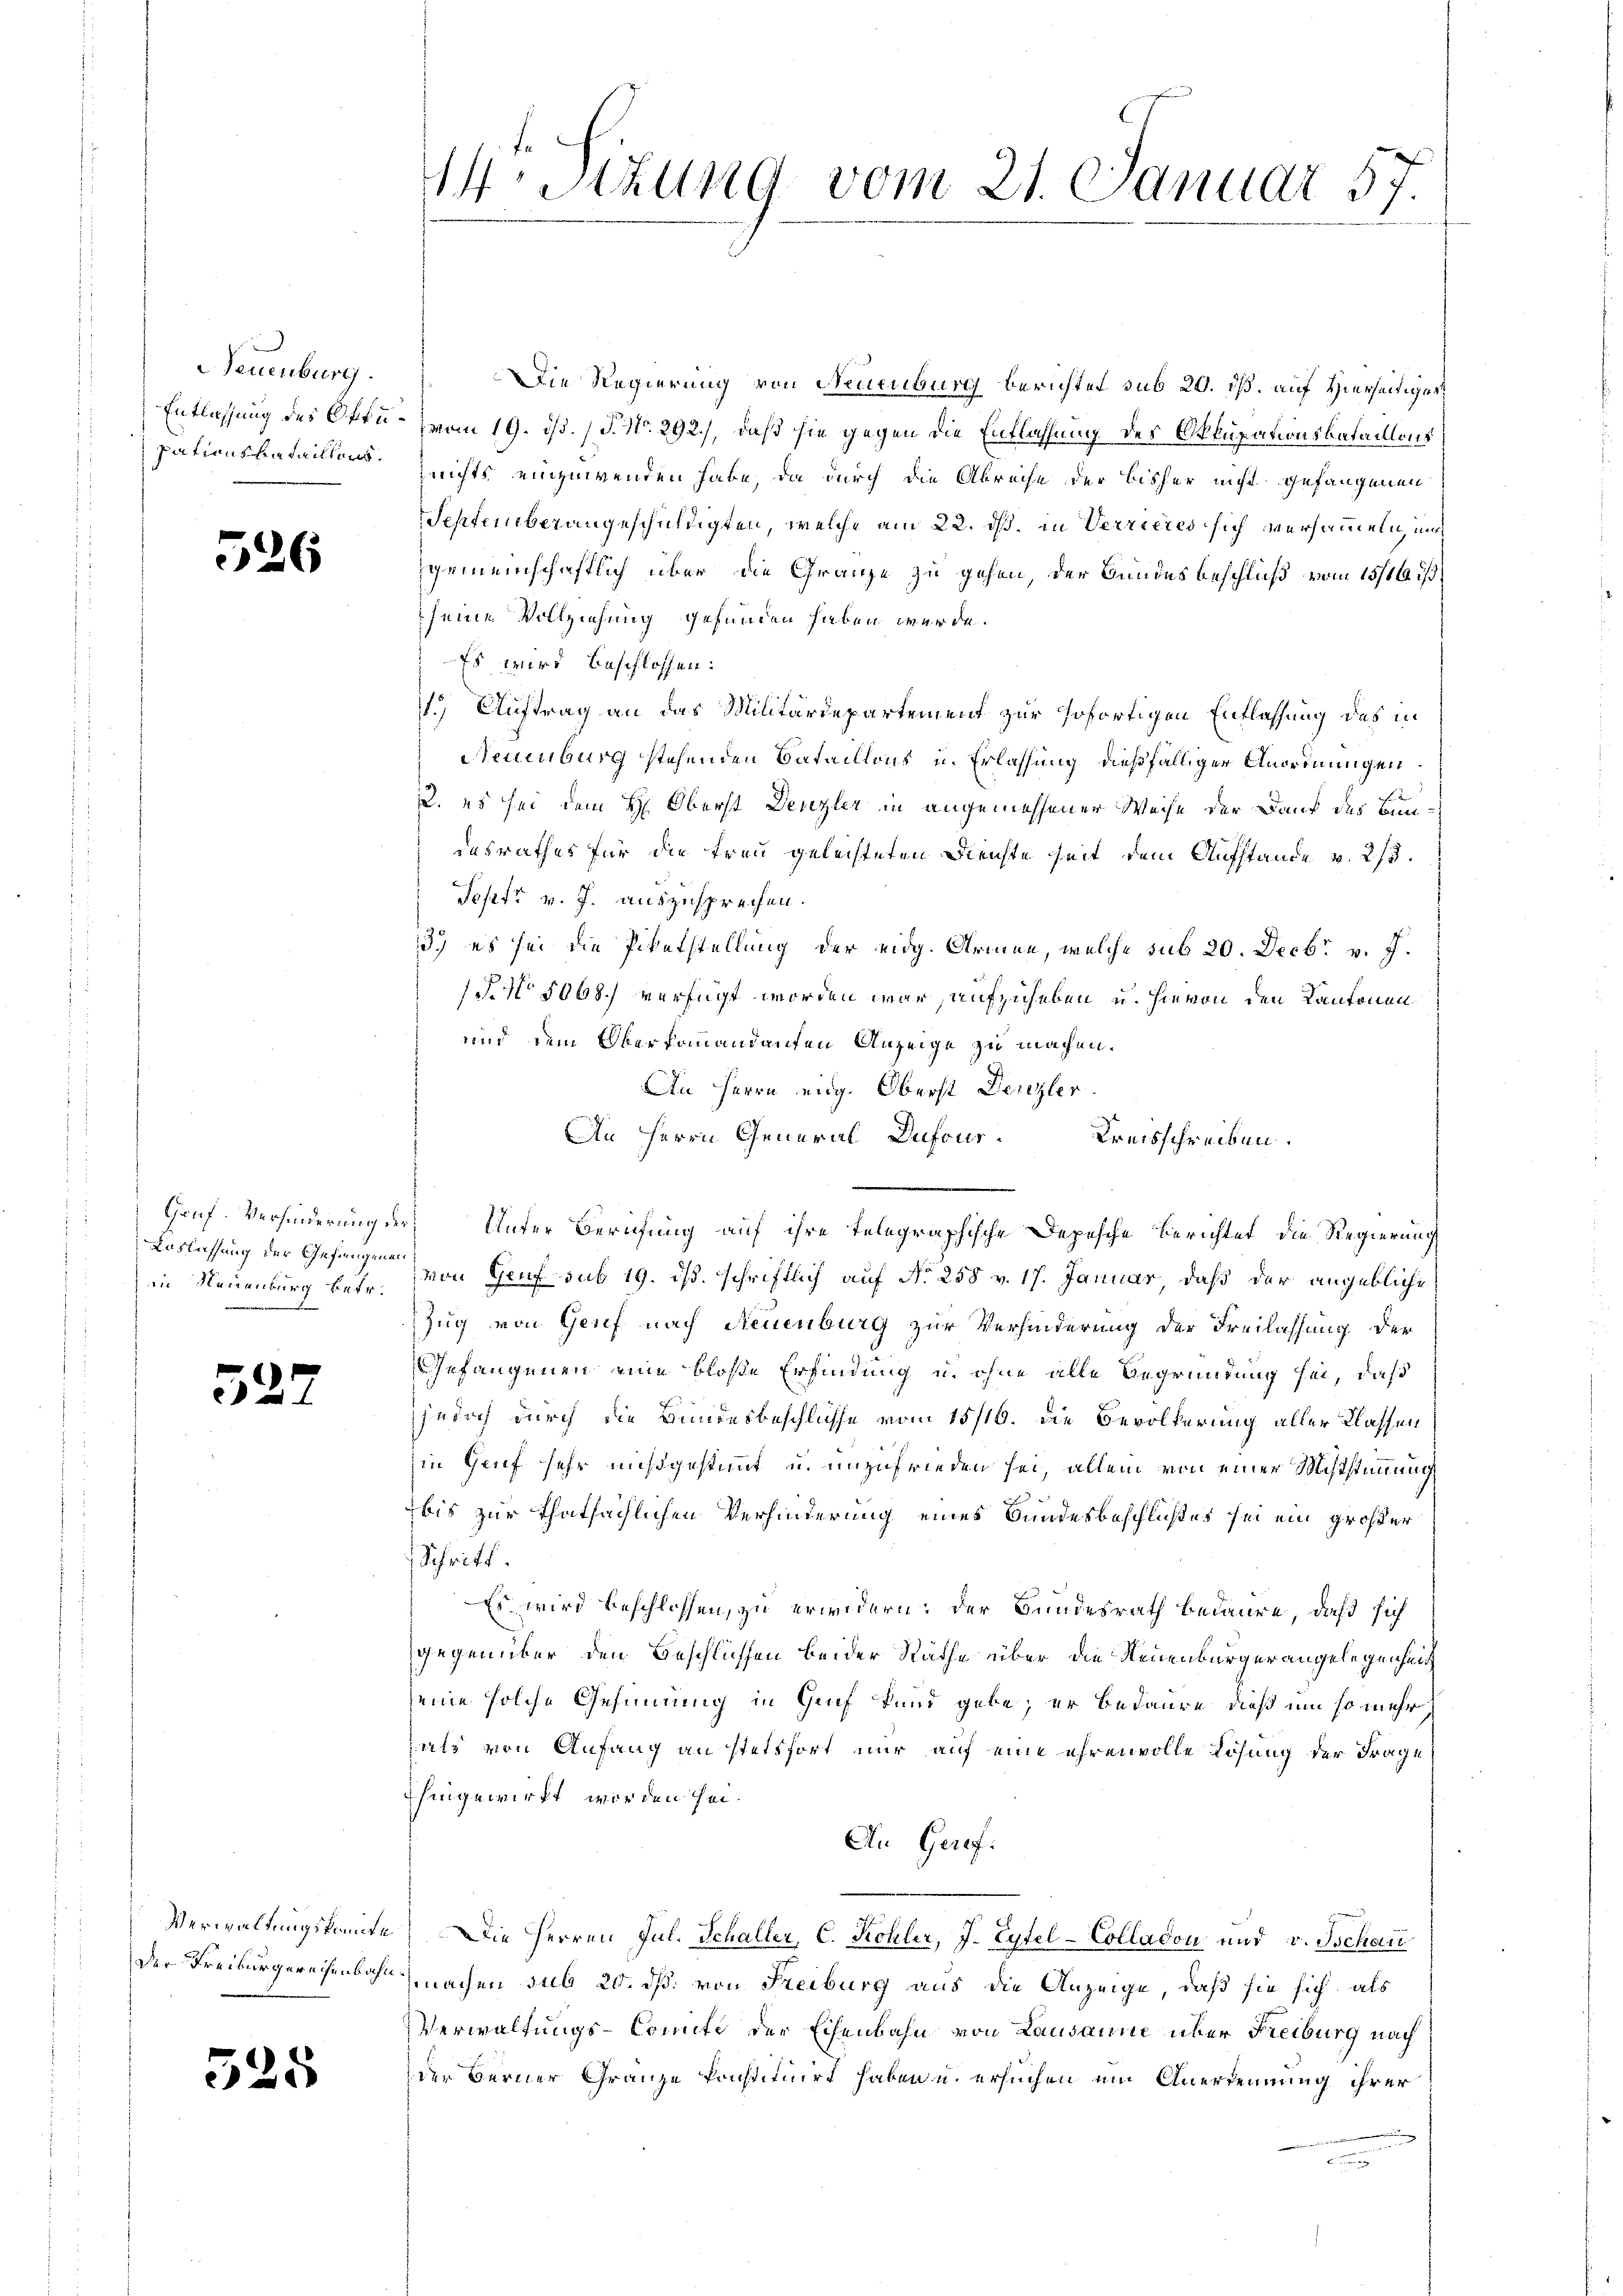
Neuenburg.

526

Loslassung der Gefangenen

527

525

Die Regierung von Neuenburg berichtet sub 20. dß. auf Hierseitiger
Entlassung des Oktu- vom 19. ds. (T. No. 292.), daß sie gegen die Entlassung des Okkupationskataillons
pationsbataillors. nichts einzuwenden habe, da durch die Abreise der bisher nicht gefangenen
September angeschuldigten, welche am 22. ds. in Verrieres sich versammeln, und
gemeinschaftlich über die Gränze zu gehen, der Bundesbeschluß vom 15/16. ß.
seine Vollziehung gefunden haben werde.
Es wird beschlossen:
1.) Auftrag an das Militärdepartement zur sofortigen Entlassung des in
Neuenburg stehenden Bataillons u. Erlassung dießfälliger Anordnungen
2. es sei dem H: Oberst Denzler in angemessener Weise der Dank des Bundesrathes für die Frau geleisteten Dienste seit dem Aufstande v. 213.
Sepfr v. J. auszusprechen.
3.) es sei die Pikatstellung der eidg. Armen, welche sub 20. Decbr. v. J.
1. No 1068.) verfügt worden war, aufzuheben u. hievon den Kantonen
und dem Oberkommandanten Anzeige zu machen.
An Herrn eing. Oberst Denzler
An Herrn General Dufour.
Kreisschreiben.
Gruf. Verhinderung der Unter Berufung auf ihre telegraphische Depesche Berichtet, die Regierung
in Neuenburg betr. von Hanf sub 19. ds. schriftlich auf No 258 v. 17. Januar, daß der angebliche
Zug von Genf nach Neuenburg zur Verhinderung der Freilassung der
Gefangenen eine bloße Erfindung u. ohne alle Begründung sei, daß
jedoch durch die Bundesbeschlüsse vom 15/16. die Bevölkerung aller Klassen
in Genf sehr mißgestimmt u. unzufrieden sei, allein von einer Misstimmung
bis zur thatsächlichen Verhinderung eines Bundesbeschlußes sei ein großer
Schritt.
Es wird beschlossen, zu erwidern: der Bundesrath bedaure, daß sich
gegenüber den Beschlüssen beider Räthe über die Neuenburger angelegenheit
seine solche Gesinnung in Genf fand gebe; er bedaure, dieß um so mehr
als von Anfang an stetsfort nur auf eine ehrenvolle Lösung der Frage
ihingewirkt worden sei¬
An Geref:
Verwaltungskomite. Die Herren Jul. Schaller, C. Kohler, J. Eytel-Colladon und v. Jschau
der Freiburgereisenbahnmachen sub 20. dß. von Freiburg aus die Anzeige, daß sie sich als
Verwaltungs-Comiti der Eisenbahn von Lausanne über Freiburg nach
der Berner Gränze konstituirt haben u. ersuchen um Anerkennung ihrer

44 Stzung vom 21. Januar 5